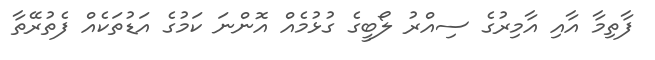
ފާތިމާ އާއި އާމިރުގެ ސިއްރު ލޯބީގެ ގުޅުމެއް އޮންނަ ކަމުގެ އަޑުތަކެއް ފެތުރޭތާ